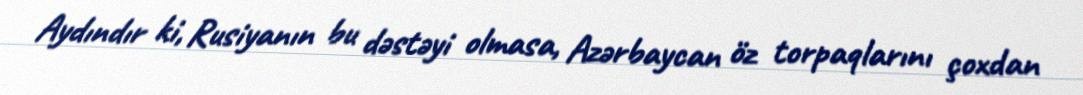
Aydındır ki, Rusiyanın bu dəstəyi olmasa, Azərbaycan öz torpaqlarını çoxdan